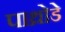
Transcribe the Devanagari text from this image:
पाथ्रोडे